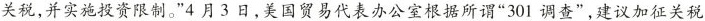
关税,并实施投资限制。”4月3 日,美国贸易代表办公室根据所谓“301 调查”,建议加征关税